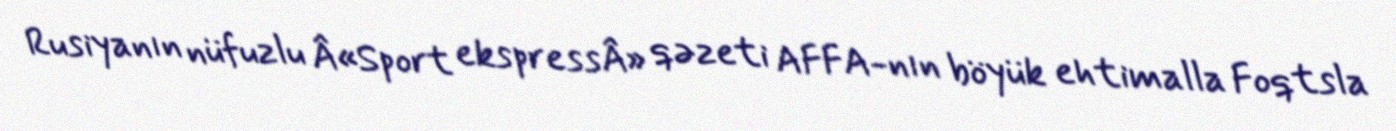
Rusiyanın nüfuzlu Â«Sport ekspressÂ» qəzeti AFFA-nın böyük ehtimalla Foqtsla